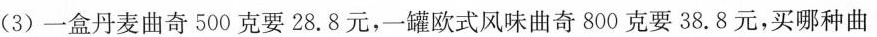
(3)一盒丹麦曲奇500克要28.8元，一罐欧式风味曲奇800克要38.8元，买哪种曲